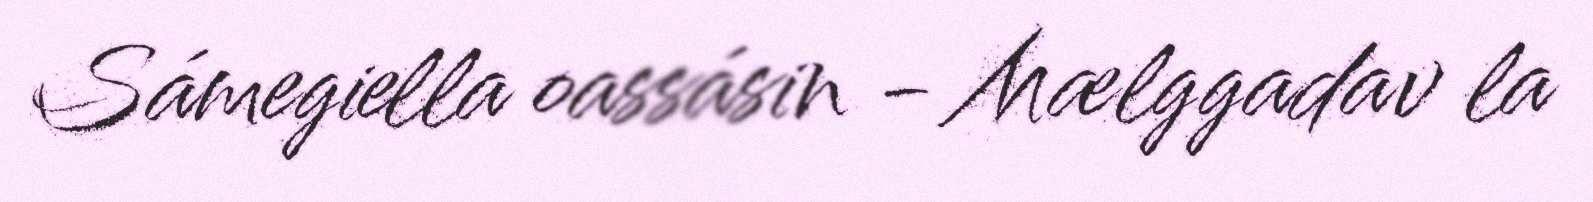
Sámegiella oassásin - Mælggadav la